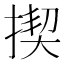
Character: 揳